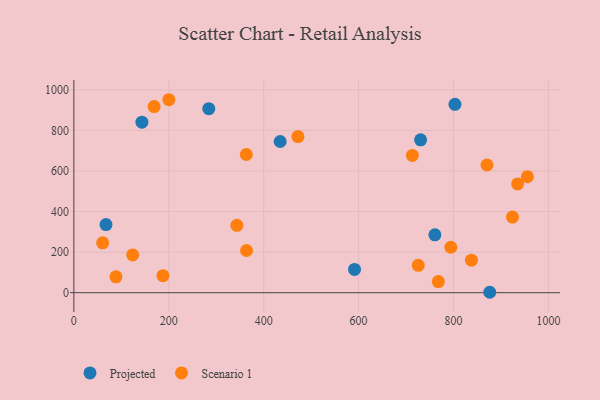
{"axis": {"x": "Study Hours", "y": "Yield"}, "legend": ["Projected", "Scenario 1"], "data": [{"x": "591.4", "y": 114.8, "type": "Projected"}, {"x": "143.4", "y": 840.3, "type": "Projected"}, {"x": "434.7", "y": 745.2, "type": "Projected"}, {"x": "730.6", "y": 753.3, "type": "Projected"}, {"x": "803.0", "y": 928.6, "type": "Projected"}, {"x": "284.3", "y": 906.8, "type": "Projected"}, {"x": "67.7", "y": 335.7, "type": "Projected"}, {"x": "876.3", "y": 2.1, "type": "Projected"}, {"x": "760.7", "y": 285.1, "type": "Projected"}, {"x": "363.4", "y": 681.1, "type": "Scenario 1"}, {"x": "169.1", "y": 917.5, "type": "Scenario 1"}, {"x": "200.2", "y": 951.1, "type": "Scenario 1"}, {"x": "935.0", "y": 536.1, "type": "Scenario 1"}, {"x": "363.8", "y": 208.0, "type": "Scenario 1"}, {"x": "88.7", "y": 78.4, "type": "Scenario 1"}, {"x": "713.3", "y": 676.8, "type": "Scenario 1"}, {"x": "725.7", "y": 134.7, "type": "Scenario 1"}, {"x": "187.7", "y": 83.9, "type": "Scenario 1"}, {"x": "870.5", "y": 629.5, "type": "Scenario 1"}, {"x": "794.3", "y": 224.1, "type": "Scenario 1"}, {"x": "343.5", "y": 332.3, "type": "Scenario 1"}, {"x": "924.2", "y": 372.8, "type": "Scenario 1"}, {"x": "60.6", "y": 246.0, "type": "Scenario 1"}, {"x": "123.9", "y": 186.1, "type": "Scenario 1"}, {"x": "768.0", "y": 54.6, "type": "Scenario 1"}, {"x": "837.7", "y": 160.4, "type": "Scenario 1"}, {"x": "472.1", "y": 769.7, "type": "Scenario 1"}, {"x": "955.6", "y": 571.8, "type": "Scenario 1"}]}